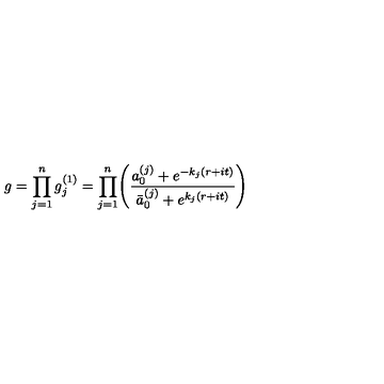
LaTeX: g = \displaystyle \prod _ { j = 1 } ^ { n } g _ { j } ^ { ( 1 ) } = \displaystyle \prod _ { j = 1 } ^ { n } \Biggl ( { \frac { a _ { 0 } ^ { ( j ) } + e ^ { - { k _ { j } } ( r + i t ) } } { \bar { a } _ { 0 } ^ { ( j ) } + e ^ { { k _ { j } } ( r + i t ) } } } \Biggr )